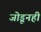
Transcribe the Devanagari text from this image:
जोडूनही